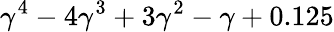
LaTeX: \gamma^{4}-4\gamma^{3}+3\gamma^{2}-\gamma+0.125